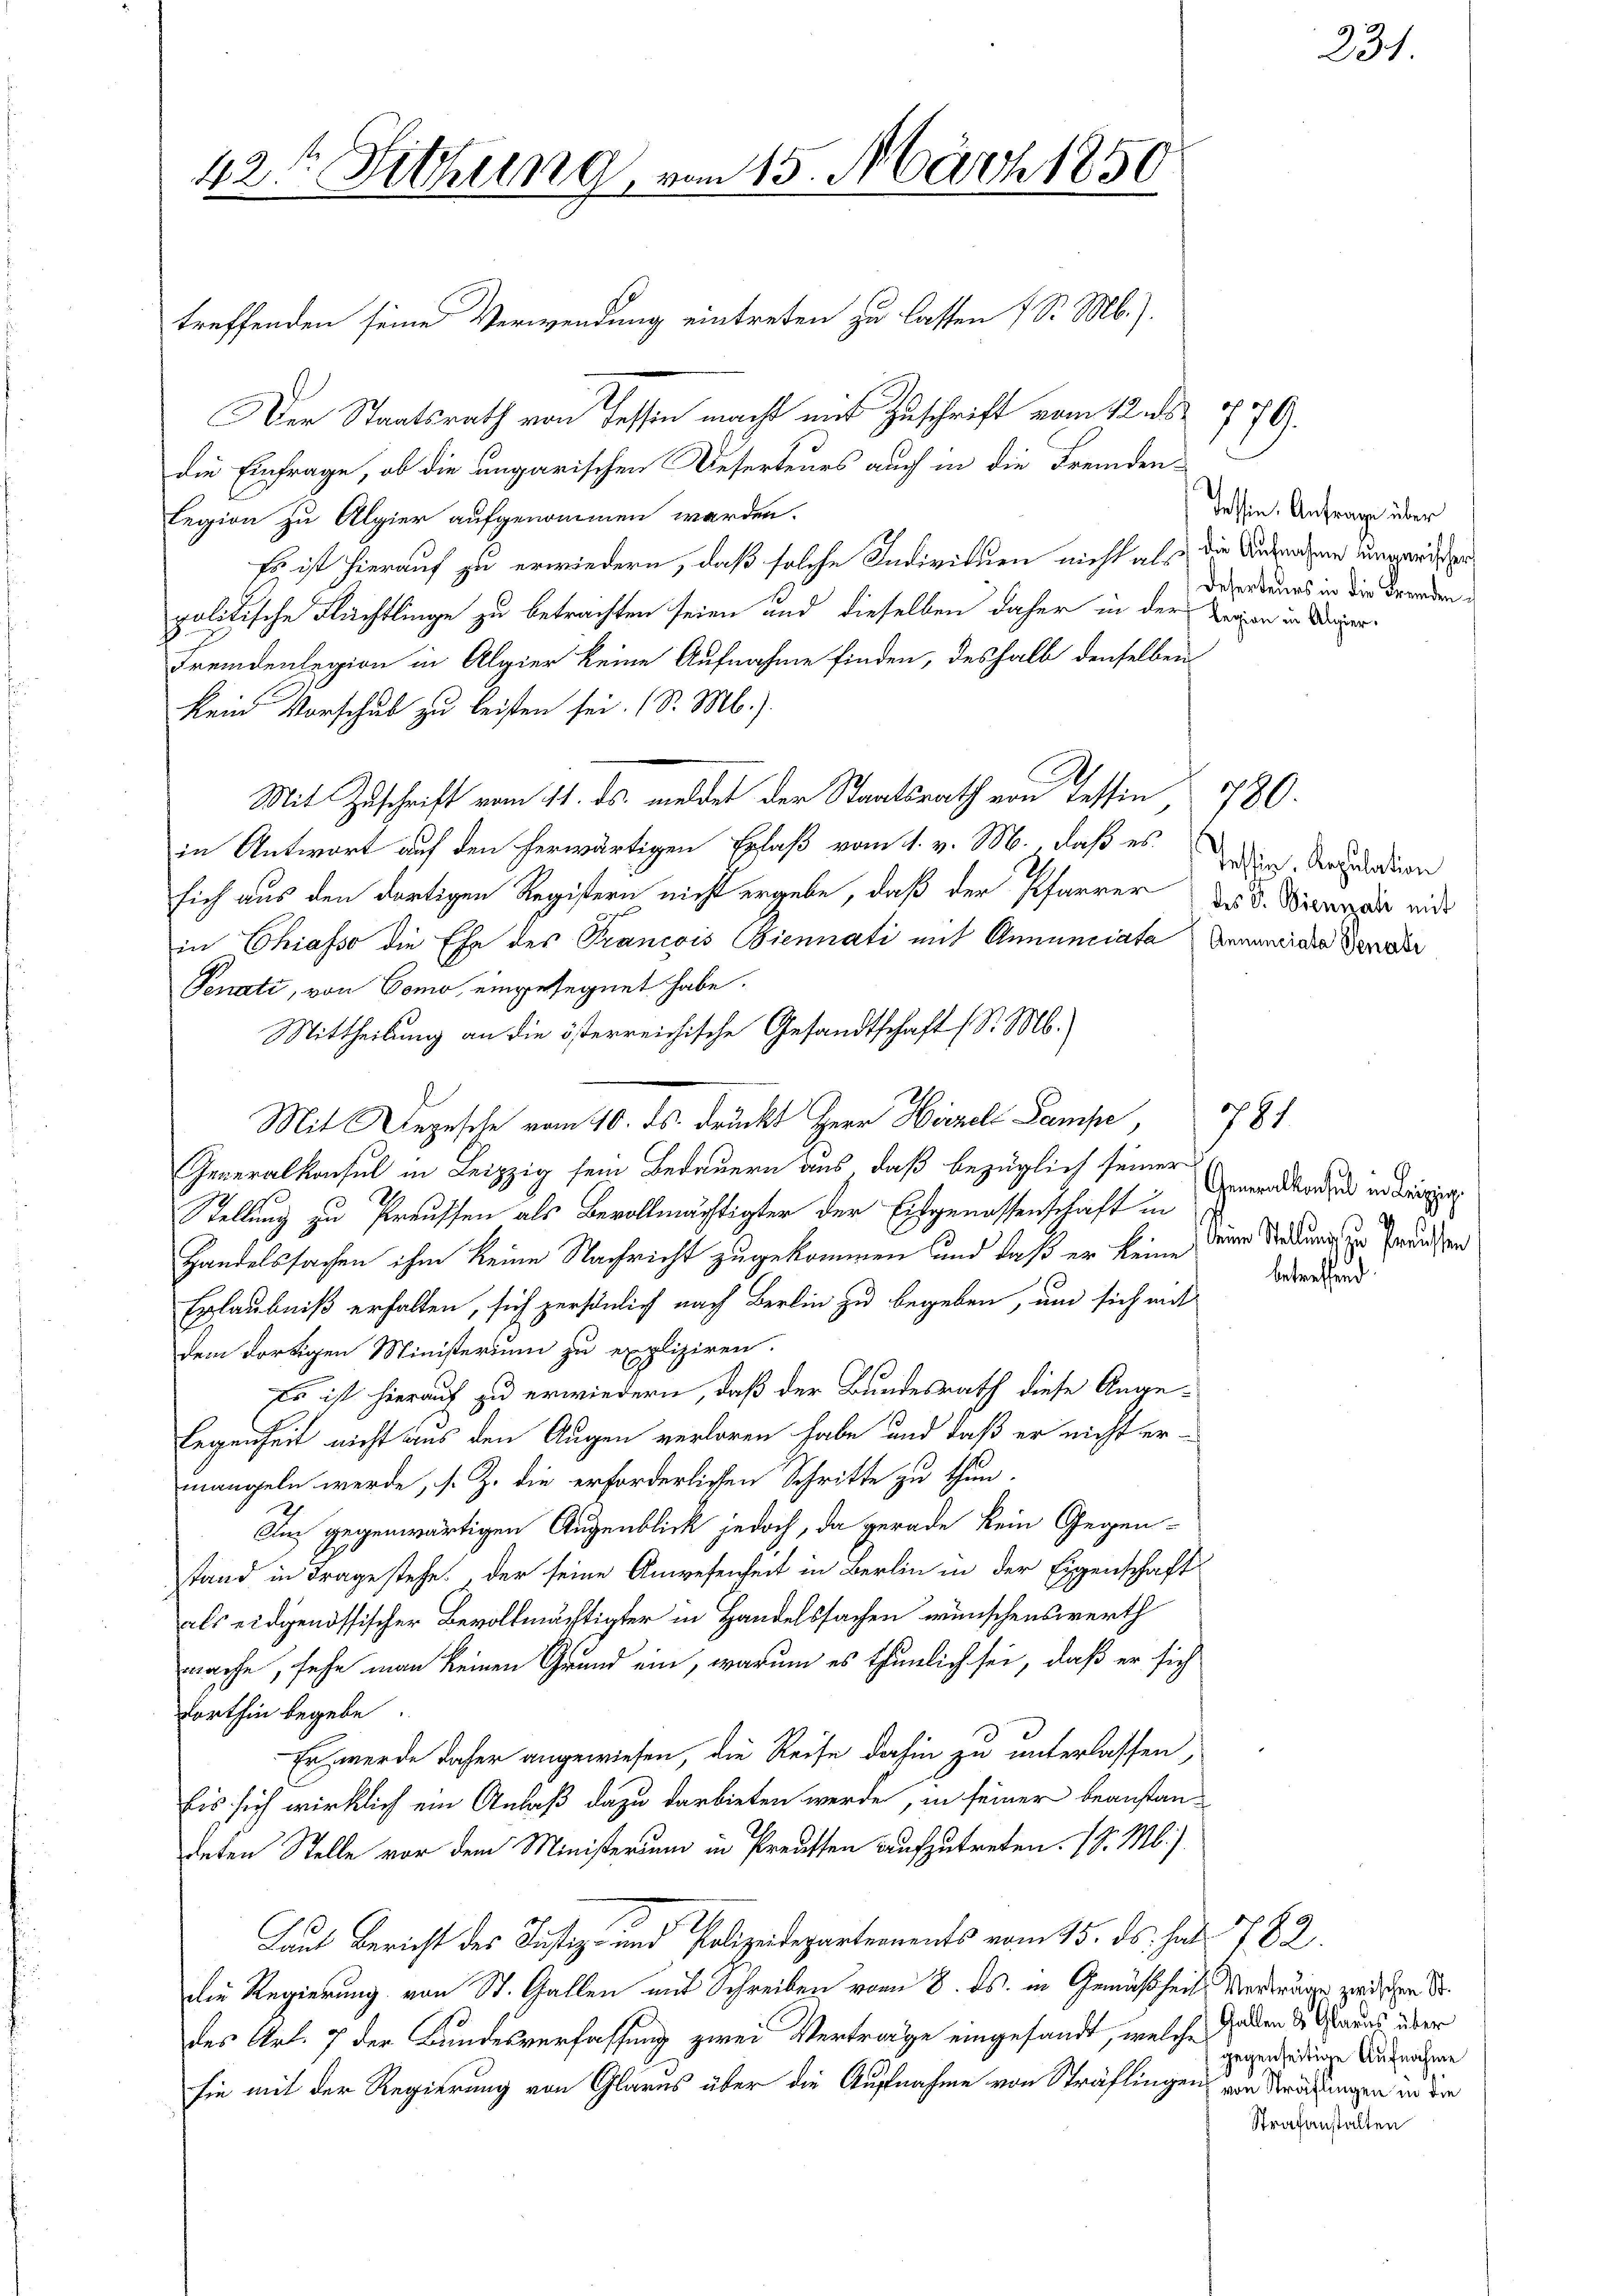
treffenden seine Verwendung eintreten zu lassen 7 S. M.).
Der Staatsrath von Tessin macht mit Zuschrift vom 12. 779.
die Einfrage, ob die ungarischen Deserteurs auch in die Fremden¬
Legion zu Alpier aufgenommen werden.
Es ist hierauf zu erwiedern, daß solche Individuen nicht als die Andernahme ungendesgepolitische Flächtlinge zu betrachten seien und dieselben daher in der Zeigen in Deger¬
Fremdenlegion in Algier keine Aufnahme finden, deshalb denselben
kein Vorschub zu leisten sei. (S. M.)
Mit Zuschrift vom 11. ds. meldet der Staatsrath von Tessin, 780.
in Antwort auf den herwärtigen Erlaß vom 1. v. M. daß es jeder Artulation
sich aus den dortigen Registern nicht ergebe, daß der Pfarrer Dr. d. Wien mit
in Chiasso die Ehe des Prancois Biennati mit Annuniata Annunciale Bewahr
Senati, von Como, eingesegnet habe.
Mittheilung an die österreichische Gesandtschaft (S. M.
Mit Depesche vom 10. ds. drückt Herr Hirzel Pampe,
Generalkonsul in Leipzig sein Bedauern aus, daß bezüglich seiner
Stellung zu Preussen als Bevollmächtigter der Eidgenossenschaft in
Handelssachen ihm keine Nachricht zugekommen und daß er keine
betreffend:
Erlaubniß erhalten, sich persönlich nach Berlin zu begeben, um sich mit
dem dortigen Ministerium zu expliziren.
Es ist hierauf zu erwiedern, daß der Bundesrath diese Ange¬
Legenheit nicht aus den Augen verloren habe, und daß er nicht er-
mangeln werde, s. Z. die erforderlichen Schritte zu thun.
Im gegenwärtigen Augenblick jedoch, da gerade kein Gegen-
stand in Frage stehe. Der seine Anwesenheit in Berlin in der Eigenschaft
als eidgenössischer Bevollmächtigter in Handelssachen wünschenswerth
mache, sehe man keinen Grund ein, warum es thunlich sei, daß er sich
forthin begebe
Er werde daher angewiesen, die Reise dahin zu unterlassen,
Eis sich wirklich ein Anlaß dazu darbieten werde, in seiner beanstandeten Stelle vor dem Ministerium in Preusten aufzutreten. 18. Mb.).
Laut Bericht des Justiz- und Polizeidepartements vom 15. ds. hat. 782.
die Regierung von St. Gallen mit Schreiben vom 8. ds. in Gemäßheit Vorträge zwischen Sr.
des Art. 7 der Bundesverfassung zwei Vertrage eingesandt, welche jeden der Glarus über
sie mit der Regierung von Glarus über die Aufnahme von Sträflingen von Strafungen in dre

42te Sitzung, von 15. März 1850

Tessin. Anfrage über
Deserteurs in die Fremden

781

231.

Generalkonsul in Leipzig.
Seine Stellung zu Preussen

gegenseitige Aufnahme
Strafanstalten